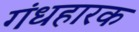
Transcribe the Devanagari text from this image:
गंधहारक